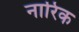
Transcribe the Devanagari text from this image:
नारिक